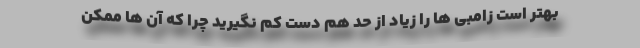
بهتر است زامبی ها را زیاد از حد هم دست کم نگیرید چرا که آن ها ممکن